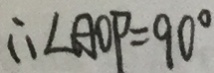
\therefore \angle A O P = 9 0 ^ { \circ }